NAE_ERA_R-2632_ENSV_TA_Emakeele_Selts_1945-1955, lk 46
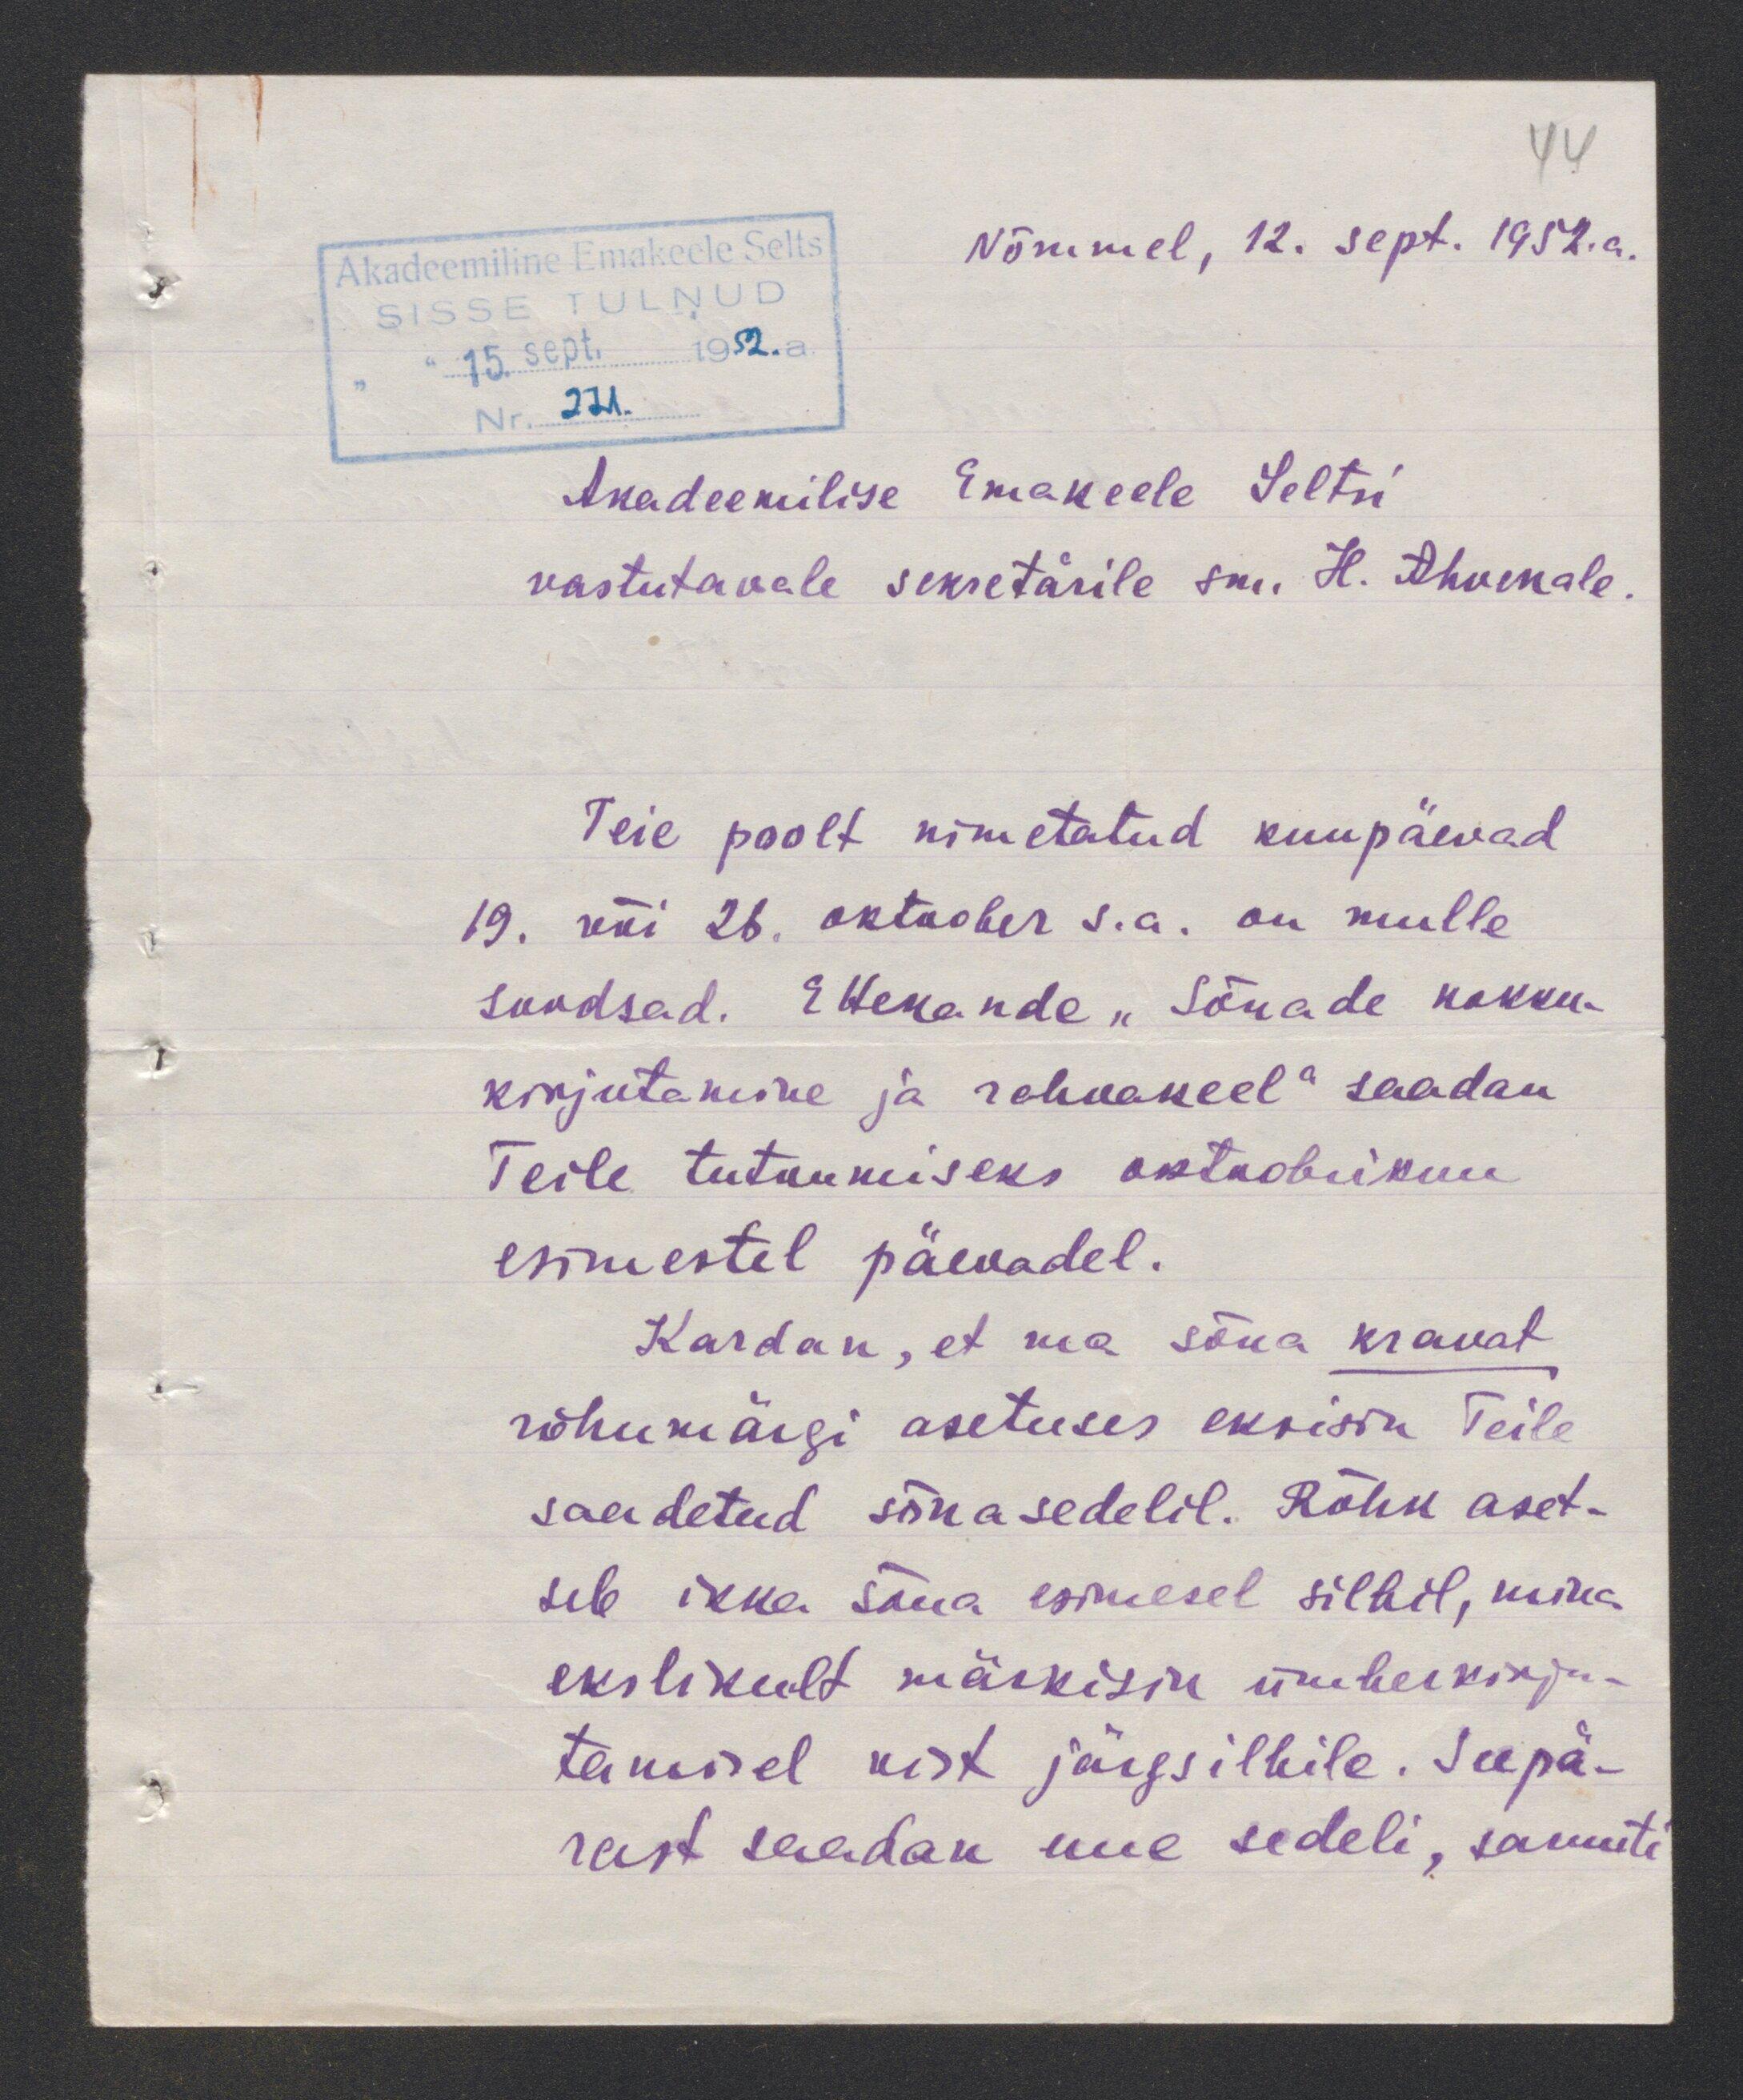
Nõmmel, 12. sept. 1952.a.
Akadeemilise Emakeele Seltsi
vastutavale sekretärile sm. H. Ahvenale
Teie poolt nimetatud kuupäevad
19. või 26. oktoober s.a. on mulle
soodsad. Ettekande "Sõnade kokku-
kirjutamine ja rahvakeel" saadan
Teile tutvumiseks oktoobrikuu
esimestel päevadel.
Kardan, et ma sõna kravat
rõhumärgi asetuses eksisin Teile
saadetud sõnasedelil. Rõhk aset-
seb ikka sõna esimesel silbil, mina
ekslikult märkisin ümberkirju-
tamisel vist järgsilbile. Seepä-
rast saadan uue sedeli, samuti